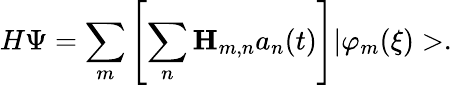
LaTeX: H\Psi=\sum_{m}\left[\sum_{n}{\mathbf H}_{m,n}a_{n}(t)\right]|\varphi_{m}(\xi)>.